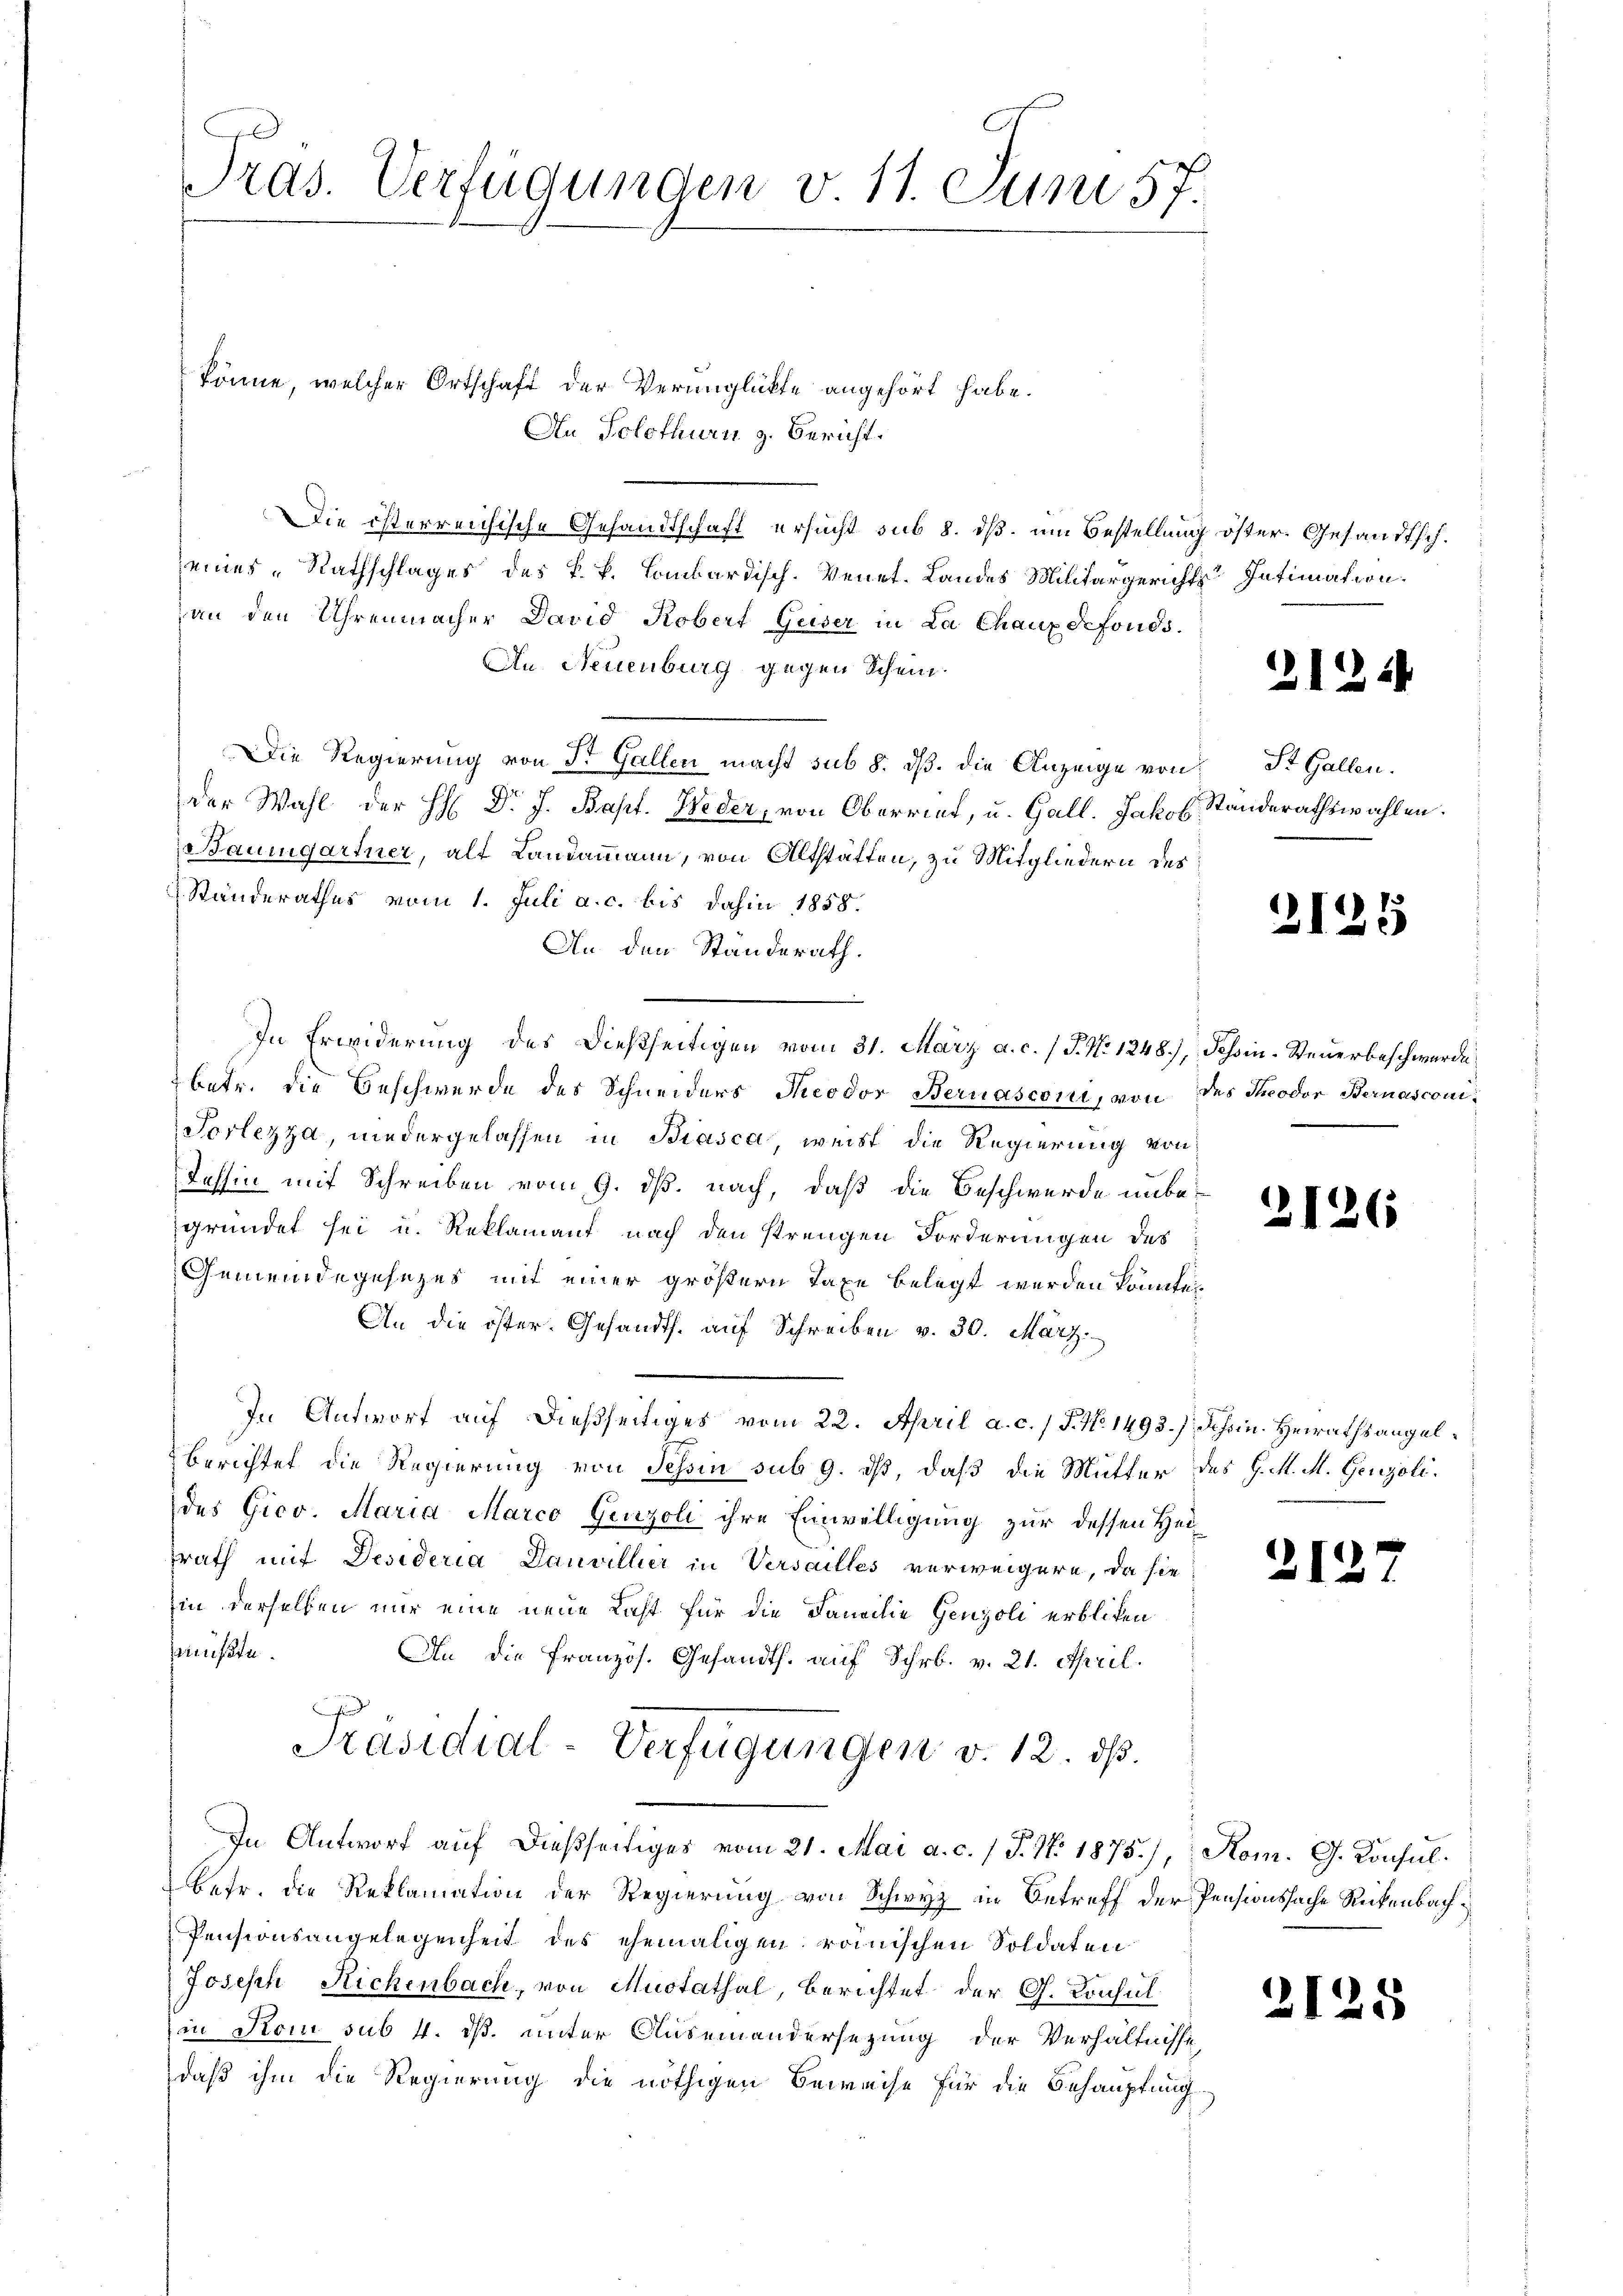
könne, welcher Ortschaft der Verunglükte angehört habe.
Au Solothurn z. Bericht.
Die österreichische Gesandtschaft ersucht sub 8. dß. um Bestellung öster. Gesandtsch.
seines Rathschlages des k. k. Lombardisch. Venet. Landes Militärgerichts Intimation.
an den Uhrenmacher David Kobert Guser in La Chaux sefonds.
An Neuenburg gegen Schein
Die Regierung von Dr. Gallen macht sub 8. ds. die Anzeige von
der Wahl der H: Dr. J. Bapt. Weder, von Oberrief, u. Gall. Jakob Standerathswahlen.
Baumgartner, als Landammann, von Altstätten, zu Mitgliedern des
Standerathes vom 1. Juli a. c. bis dahin 1858.
An den Ständerath.
In Erwiderung des dießseitigen vom 31. März a. c. / J. No 1248), Tessin-Steuerbeschwerde
betr. die Beschwerde des Schneiders Theodor Bernasconi, von des Theodor Bernasconi¬
Porlezza, niedergelassen in Biasca weist die Regierung von
Tessin mit Schreiben vom 9. ds. nach, daß die Beschwerde unbe-
gründet sei u. Reklamant nach den strengen Forderungen des
Gemeindegesezes mit einer größern Taxe belegt werden könnte,
An die öster. Gesandts. auf Schreiben v. 30. März.
In Antwort auf dießseitiges vom 22. April a. c. / J. No. 1493.) Schin. Heirathsangel¬
Berichtet die Regierung von Tessin sub 9. dß, daß die Mutter des J. M. M. Genzolides Gico. Maria Marco Genzoli ihre Einwilligung zur dessen Heitrath mit Desideria Dauvillier in Versailles verweigern, da sie
in derselben nur eine neue Last für die Familie Genzoli erblicken
müßte.
An die Französ. Gesandts. auf Schr. v. 21. April.
Präsidial-Verfügungen v. 12. ds.
In Antwort auf dießseitiges vom 21. Mai a. c. / J. M. 1875), Rom. G. Konsulbetr. die Reklamation der Regierung von Schwyz in Betreff der Pensionssache Rückenbach¬
Pensionsangelegenheit des ehemaligen römischen Soldaten
Joseph Richenbach, von Muotathal, berichtet der G. Konsul
in Kom sub 4. dß. unter Auseinandersezung der Verhältnisse
daß ihm die Regierung die nöthigen Beweise für die Behauptung

Tras. Verfügungen v. 11. Juni 57.

2122

St. Gallen.

2125

2126

2127

2125